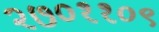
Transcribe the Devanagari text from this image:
२७०११०९